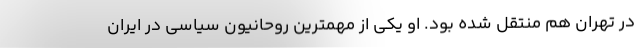
در تهران هم منتقل شده بود. او یکی از مهمترین روحانیون سیاسی در ایران